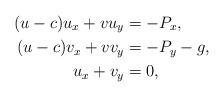
LaTeX: \begin{align*} (u-c)u_x + vu_y &= -P_x,\\ (u-c)v_x + vv_y &= -P_y -g,\\ u_x + v_y &= 0, \end{align*}